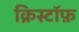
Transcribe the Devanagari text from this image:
क्रिस्टॉफ़